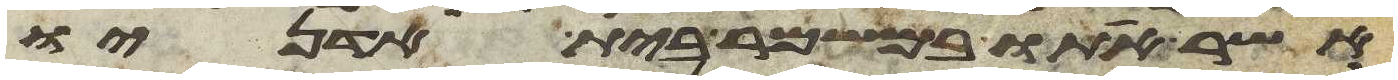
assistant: אשר אתו במשמר בית אדניו